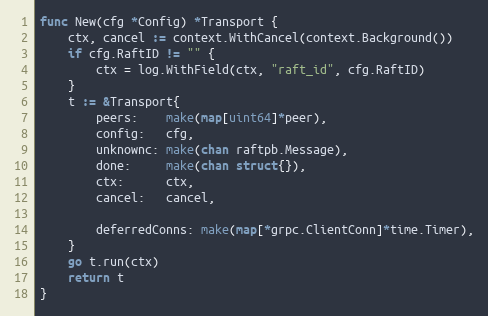
Language: Go
func New(cfg *Config) *Transport {
	ctx, cancel := context.WithCancel(context.Background())
	if cfg.RaftID != "" {
		ctx = log.WithField(ctx, "raft_id", cfg.RaftID)
	}
	t := &Transport{
		peers:    make(map[uint64]*peer),
		config:   cfg,
		unknownc: make(chan raftpb.Message),
		done:     make(chan struct{}),
		ctx:      ctx,
		cancel:   cancel,

		deferredConns: make(map[*grpc.ClientConn]*time.Timer),
	}
	go t.run(ctx)
	return t
}